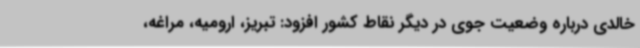
خالدی درباره وضعیت جوی در دیگر نقاط کشور افزود: تبریز، ارومیه، مراغه،